Civil Veterinary Department. Madras. Admin. report 1926-33 - 1926-1933
Year: 1926
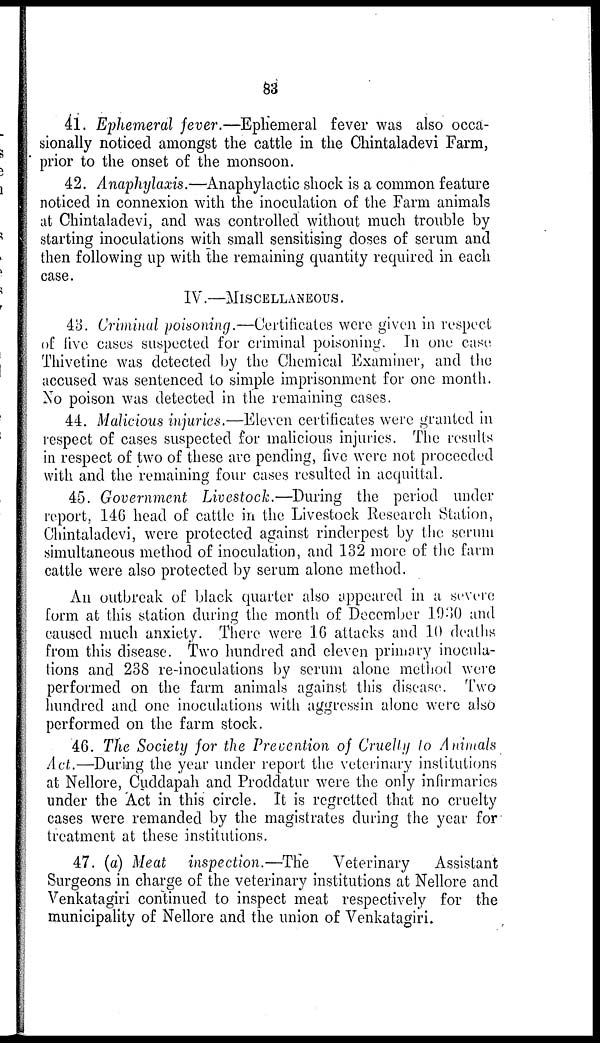
83
41. Ephemeral fever.—Ephemeral fever was also occa-
sionally noticed amongst the cattle in the Chintaladevi Farm,
prior to the onset of the monsoon.
42. Anaphylaxis.—Anaphylactic shock is a common feature
noticed in connexion with the inoculation of the Farm animals
at Chintaladevi, and was controlled without much trouble by
starting inoculations with small sensitising doses of serum and
then following up with the remaining quantity required in each
case.
IV.—MISCELLANEOUS.
43. Criminal poisoning.—Certificates were given in respect
of five cases suspected for criminal poisoning. In one case
Thivetine was detected by the Chemical Examiner, and the
accused was sentenced to simple imprisonment for one month.
No poison was detected in the remaining cases.
44. Malicious injuries.—Eleven certificates were granted in
respect of cases suspected for malicious injuries. The results
in respect of two of these are pending, five were not proceeded
with and the remaining four cases resulted in acquittal.
45. Government Livestock.—During the period under
report, 146 head of cattle in the Livestock Research Station,
Chintaladevi, were protected against rinderpest by the serum
simultaneous method of inoculation, and 132 more of the farm
cattle were also protected by serum alone method.
An outbreak of black quarter also appeared in a severe
form at this station during the month of December 1930 and
caused much anxiety. There were 16 attacks and 10 deaths
from this disease. Two hundred and eleven primary inocula-
tions and 238 re-inoculations by serum alone method were
performed on the farm animals against this disease. Two
hundred and one inoculations with aggressin alone were also
performed on the farm stock.
46. The Society for the Prevention of Cruelly to Animals
Act.—During the year under report the veterinary institutions
at Nellore, Cuddapah and Proddatur were the only infirmaries
under the Act in this circle. It is regretted that no cruelty
cases were remanded by the magistrates during the year for
treatment at these institutions.
47. (a) Meat inspection.—The
Veterinary
Assistant
Surgeons in charge of the veterinary institutions at Nellore and
Venkatagiri continued to inspect meat respectively for the
municipality of Nellore and the union of Venkatagiri.